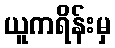
ယူကရိန်းမှ